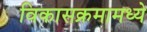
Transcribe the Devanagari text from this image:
विकासक्रमामध्ये